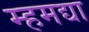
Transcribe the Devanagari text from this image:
म्हमद्या